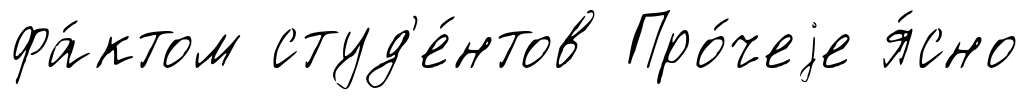
фа́ктом студ'е́нтов Про́чеjе я́сно